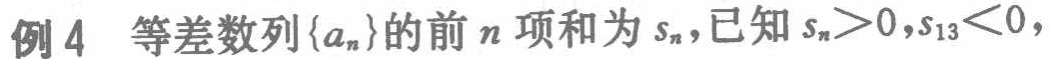
例4 等差数列\(\{a_{n}\}\)的前\(n\)项和为\(s_{n}\)，已知\(s_{n}>0\)，\(s_{13}<0\)，